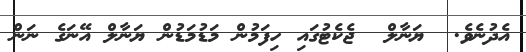
އެދުނެވެ.  ޔަނާލް  ޖެކެޓުގައި ހިފަމުން މަޑުމަޑުން ޔަނާލް އޭނަގެ ނަން